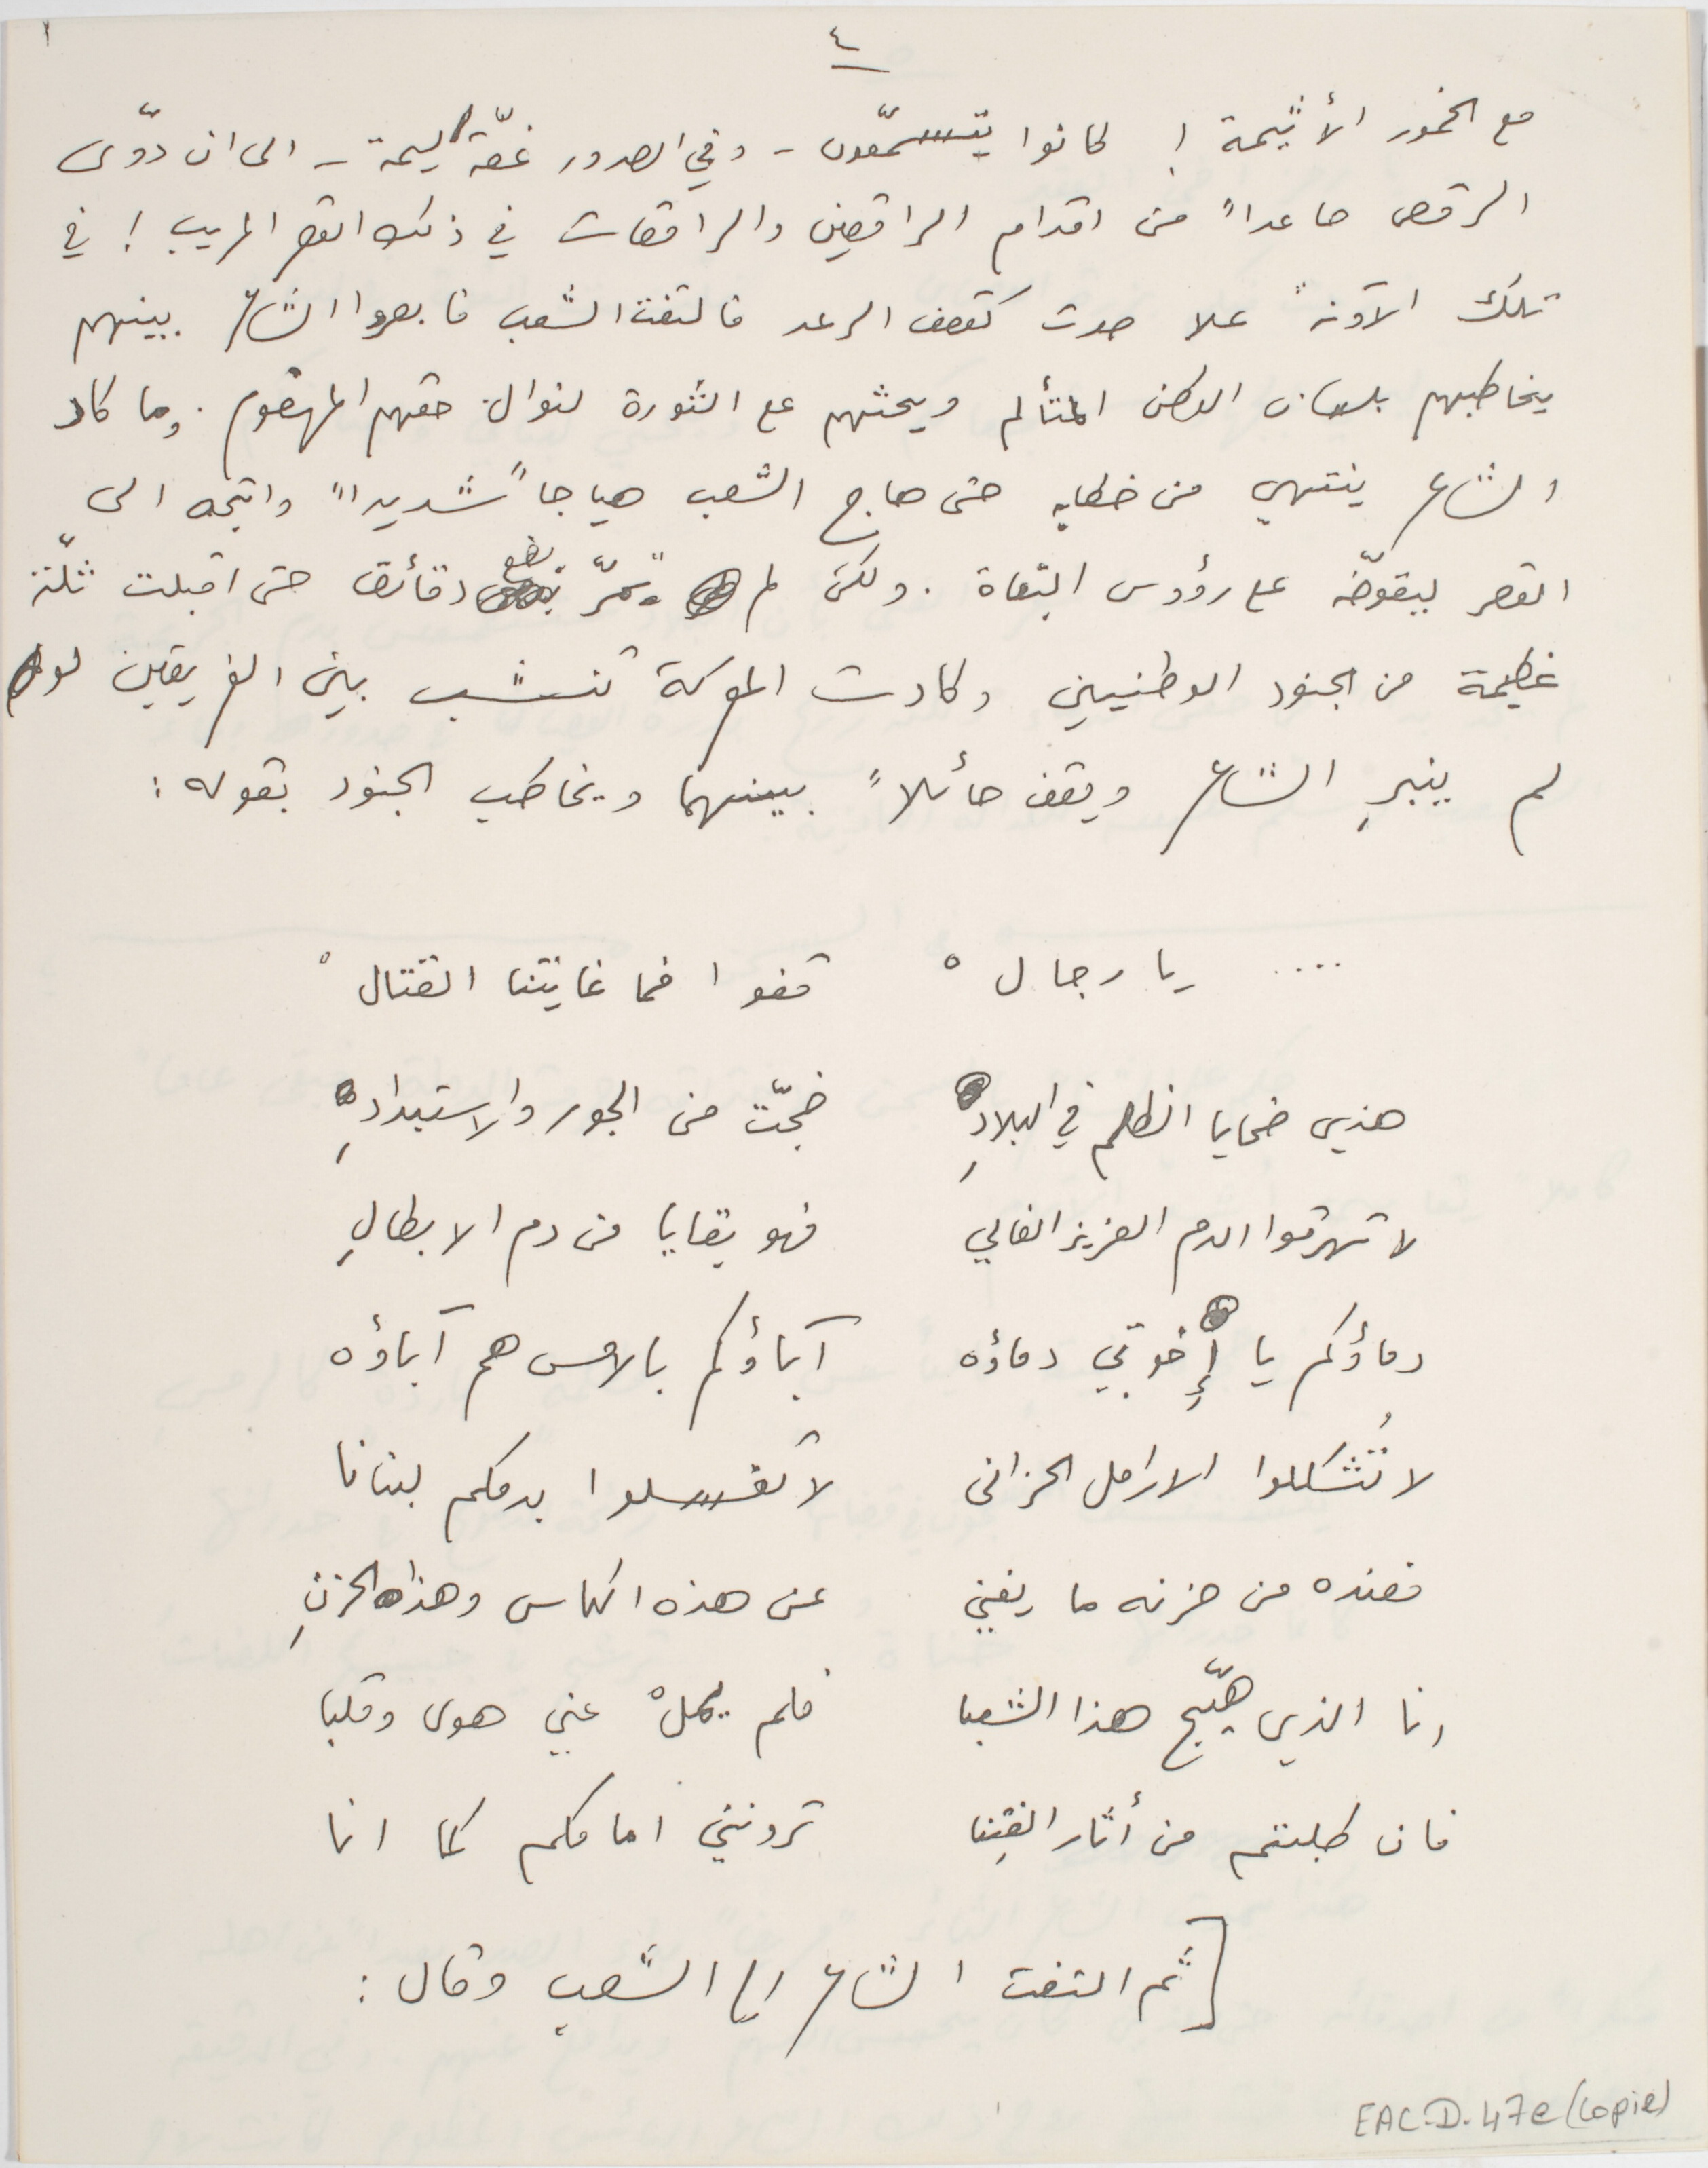
مع الخمور الأثيمة ! كانوا يتسمّعون - وفي الصدور غصّة اليمة – الى ان دوّى
الرقص صاعداً من اقدام الراقصين والراقصات في ذلك القصر المريب ! في
تلك الآونة علا صوت كقصف الرعد فالتفت الشعب فابصروا الشاعر بينهم
يخاطبهم بلسان الوطن المتألم ويحثهم على الثورة لنوال حقهم المهضوم. وما كاد
الشاعر ينتهي من خطابه حتى هاج الشعب هياجاً شديد" واتجه الى
القصر يقوّضه على رؤوس البغاة. ولكن لم تمرّ بضع دقائق حتى اقبلت ثلّة
عظيمة من الجنود الوطنيين وكادت المعركة تنشب بين الفريقين لو
لم ينبرِ الشاعر ويقف حائلاً بينهما ويخاطب الجنود بقوله :
. . . .   يا رجالْ        قفوا فما غايتنا القتالْ
هذي ضحايا الظلم في البلادِ        ضجّت من الجور والاستبدادِ
لا تهرقوا الدم العزيز الغالي        فهو بقايا من دم الابطالِ
دماؤكم يا إِِخوتي دماؤه        آباؤكم بالامس هم آباؤه
لا تُشكلوا الارامل الحزانى        لا تغسلوا بدمكم لبنانا
فعنده من حزنه ما يغني        عن هذه الكاس وهذا الحزنِ
انا الذي هيّج هذا الشعب        فلم يملْ عني هول وقلبا
فان طلبتم من أثار الفِتن        ترونني امامكم كما انا
[ ثم التفت الشاعر الى الشعب وقال :
EAC-D-47e (copie)
٤                                                  ١